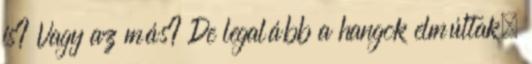
is? Vagy az más? De legalább a hangok elmúltak.